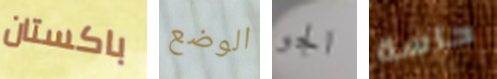
باكستان الوضع الجو حاسة